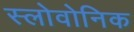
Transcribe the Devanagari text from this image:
स्लोवोनिक